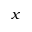
x